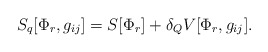
\begin{align*}S_{q}[\Phi_{r}, g_{ij}]=S[\Phi_{r}]+\delta_{Q}V[\Phi_{r},g_{ij}].\end{align*}